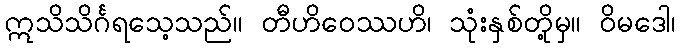
ဣသိသိင်္ဂရသေ့သည်။ တီဟိဝေဿဟိ၊ သုံးနှစ်တို့မှ။ ဝိမဒေါ၊